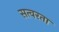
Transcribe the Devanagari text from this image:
सत्वरता